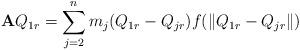
LaTeX: \begin{align*} \mathbf{A}Q_{1r}=\sum\limits_{j=2}^{n}m_{j}(Q_{1r}-Q_{jr})f(\|Q_{1r}-Q_{jr}\|) \end{align*}